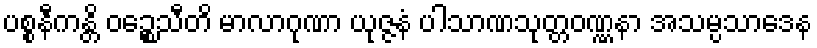
ပစ္စနီကန္တိ ဝဉ္စေသီတိ မာလာဂုဏာ ယုဇ္ဇနံ ပါသာဏသုတ္တဝဏ္ဏနာ အသမ္ပသာဒေန